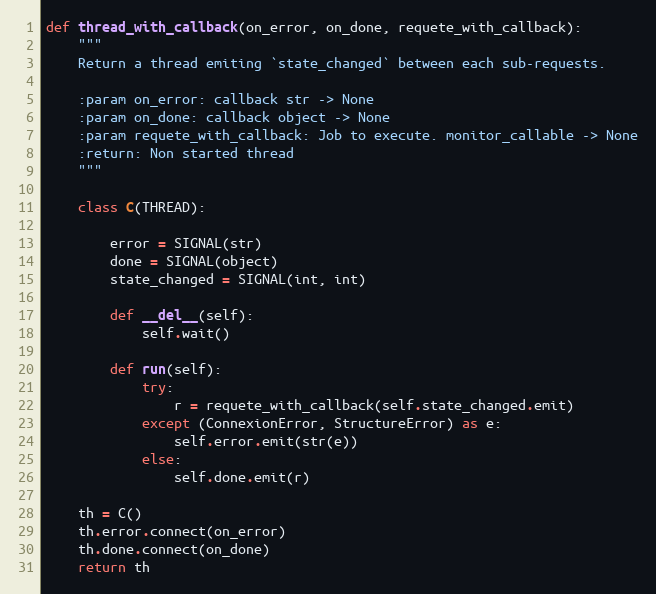
Language: Python
def thread_with_callback(on_error, on_done, requete_with_callback):
    """
    Return a thread emiting `state_changed` between each sub-requests.

    :param on_error: callback str -> None
    :param on_done: callback object -> None
    :param requete_with_callback: Job to execute. monitor_callable -> None
    :return: Non started thread
    """

    class C(THREAD):

        error = SIGNAL(str)
        done = SIGNAL(object)
        state_changed = SIGNAL(int, int)

        def __del__(self):
            self.wait()

        def run(self):
            try:
                r = requete_with_callback(self.state_changed.emit)
            except (ConnexionError, StructureError) as e:
                self.error.emit(str(e))
            else:
                self.done.emit(r)

    th = C()
    th.error.connect(on_error)
    th.done.connect(on_done)
    return th